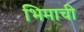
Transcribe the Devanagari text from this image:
भिमाची